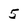
Character: 5